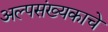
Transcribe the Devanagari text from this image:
अल्पसंख्यकाचे